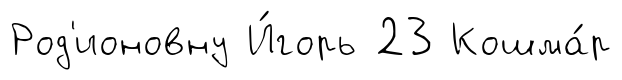
Род'ионовну И́горь 23 Кошма́р